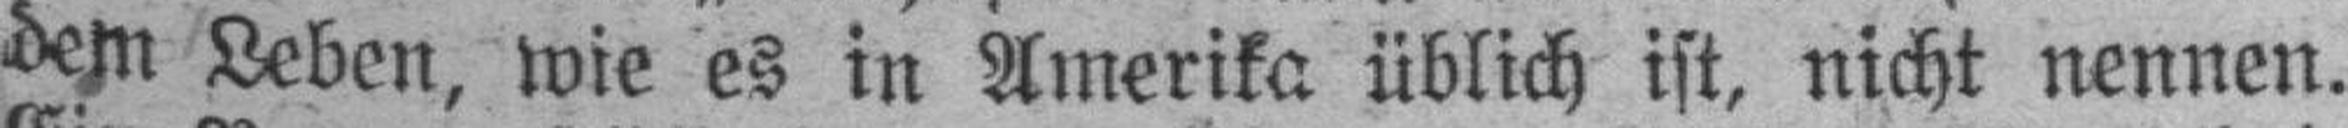
dem Leben, wie es in Amerika üblich ist, nicht nennen.